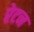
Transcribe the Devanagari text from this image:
रेटन